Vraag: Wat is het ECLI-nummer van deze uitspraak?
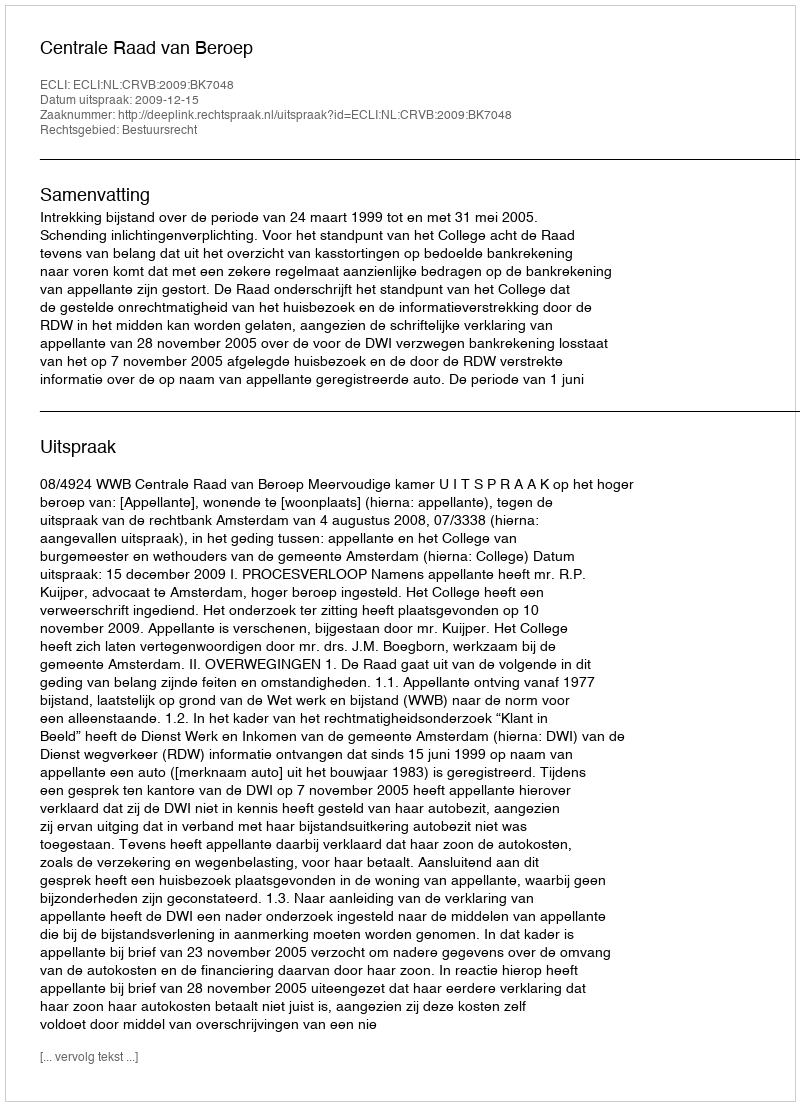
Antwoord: ECLI:NL:CRVB:2009:BK7048